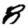
Digit: 8